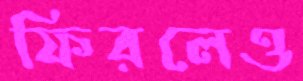
ফিরলেও